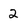
Character: 2